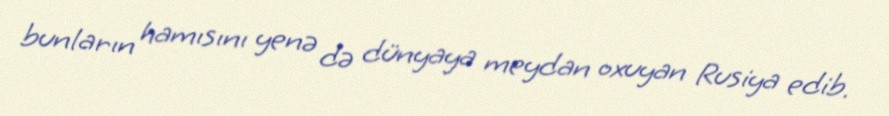
bunların hamısını yenə də dünyaya meydan oxuyan Rusiya edib.